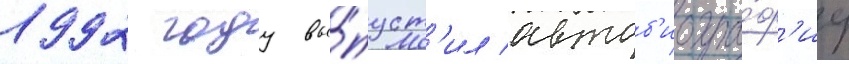
1992 году вы́пуст'ил автоб'иогра́ф'иу